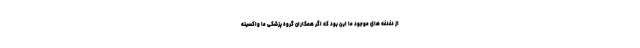
از دغدغه های موجود ما این بود که اگر همکاران گروه پزشکی ما واکسینه